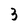
Character: 3